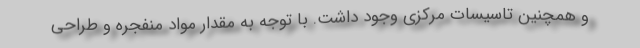
و همچنین تاسیسات مرکزی وجود داشت. با توجه به مقدار مواد منفجره و طراحی